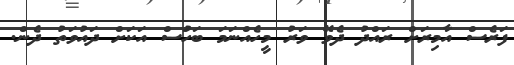
ފަރެސް އާމިރަށް ރައްދު ދެވޭ ވަރު މީހެއްނަމަ ބަހުަސް އަކަށް ދައުވަތު ދެން.